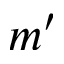
m ^ { \prime }